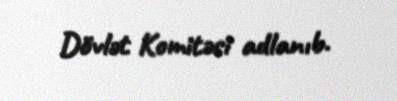
Dövlət Komitəsi adlanıb.